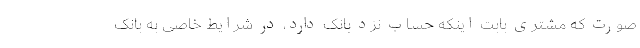
صورت که مشتری بابت اینکه حساب نزد بانک دارد، در شرایط خاصی به بانک